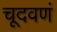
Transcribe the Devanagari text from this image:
चूदवणं